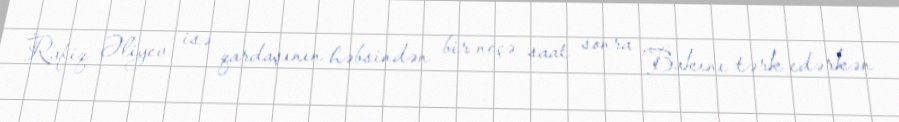
Rafiq Əliyev isə qardaşının həbsindən bir neçə saat sonra Bakını tərk edərkən